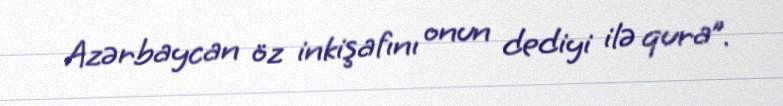
Azərbaycan öz inkişafını onun dediyi ilə qura”.